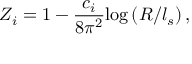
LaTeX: Z _ { i } = 1 - \frac { c _ { i } } { 8 \pi ^ { 2 } } \mathrm { l o g } \left( R / l _ { s } \right) ,